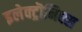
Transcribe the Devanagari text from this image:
इलेक्ट्रॊनिक्स